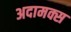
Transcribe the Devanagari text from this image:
अदामक्स